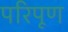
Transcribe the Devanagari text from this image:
परिपूण